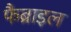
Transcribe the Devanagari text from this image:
फैब्राइल